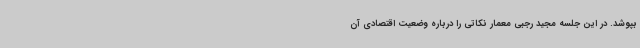
بپوشد. در این جلسه مجید رجبی معمار نکاتی را درباره وضعیت اقتصادی آن